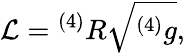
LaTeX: {\mathcal{L}}={^{(4)}R}{\sqrt{^{(4)}g}},